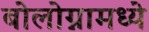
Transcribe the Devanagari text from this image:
बोलोग्नामध्ये